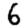
Digit: 6